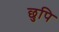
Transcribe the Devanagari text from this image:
छुपि